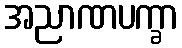
အညာဏပက္ခာ